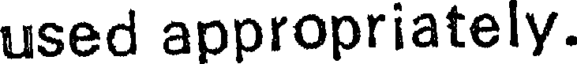
used appropriately.